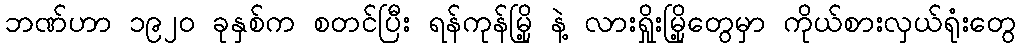
ဘဏ်ဟာ ၁၉၂၀ ခုနှစ်က စတင်ပြီး ရန်ကုန်မြို့ နဲ့ လားရှိုးမြို့တွေမှာ ကိုယ်စားလှယ်ရုံးတွေ